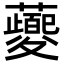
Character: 𬟡